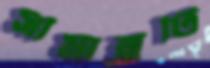
সীমান্তটি